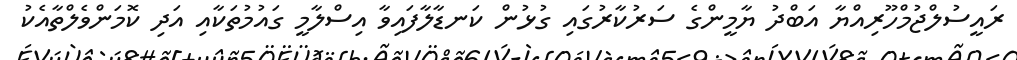
ރައީސުލްޖުމްހޫރިއްޔާ އަބްދު ޔާމީންގެ ސަރުކާރުގައި ގުޅުން ކަނޑާލާފައިވާ އިސްލާމީ ގައުމުތަކާއި އަދި ކޮމަންވެލްތާއެކު